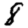
Digit: 8